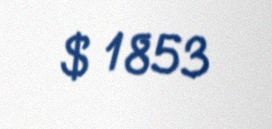
$ 1853